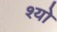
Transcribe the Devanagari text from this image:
श्यो